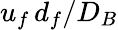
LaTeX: u_{f\, }d_{f}/D_{B}